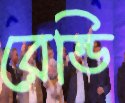
রেন্ডি